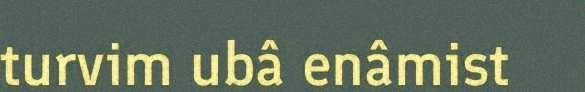
turvim ubâ enâmist